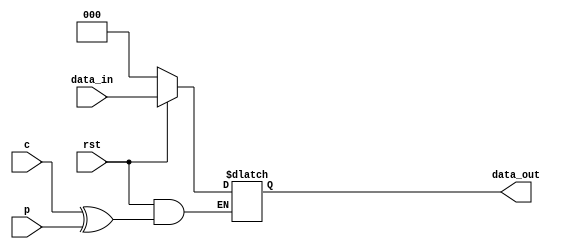
module stage_d(data_in,data_out,c,p,rst);
    input [2:0] data_in;
    input c;
    input p;
    input rst;
    output reg [2:0] data_out;
    always@(*)
    begin
        if(!rst)
        begin
            data_out <= 3'b0;
        end
        else
        begin
            data_out <= (c^p)?data_out:data_in;
        end
    end
endmodule